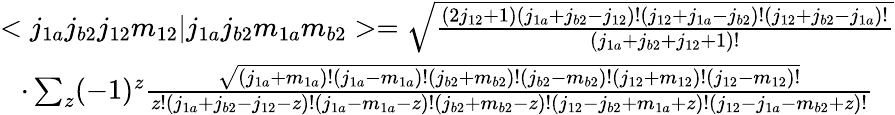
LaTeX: \begin{array}{cc}{<j_{1a}j_{b2}j_{12}m_{12}|j_{1a}j_{b2}m_{1a}m_{b2}>=\sqrt{\frac{(2j_{12}+1)(j_{1a}+j_{b2}-j_{12})!(j_{12}+j_{1a}-j_{b2})!(j_{12}+j_{b2}-j_{1a})!}{(j_{1a}+j_{b2}+j_{12}+1)!}}}\\ {\cdot\sum_{z}(-1)^{z}\frac{\sqrt{(j_{1a}+m_{1a})!(j_{1a}-m_{1a})!(j_{b2}+m_{b2})!(j_{b2}-m_{b2})!(j_{12}+m_{12})!(j_{12}-m_{12})!}}{z!(j_{1a}+j_{b2}-j_{12}-z)!(j_{1a}-m_{1a}-z)!(j_{b2}+m_{b2}-z)!(j_{12}-j_{b2}+m_{1a}+z)!(j_{12}-j_{1a}-m_{b2}+z)!}}\end{array}